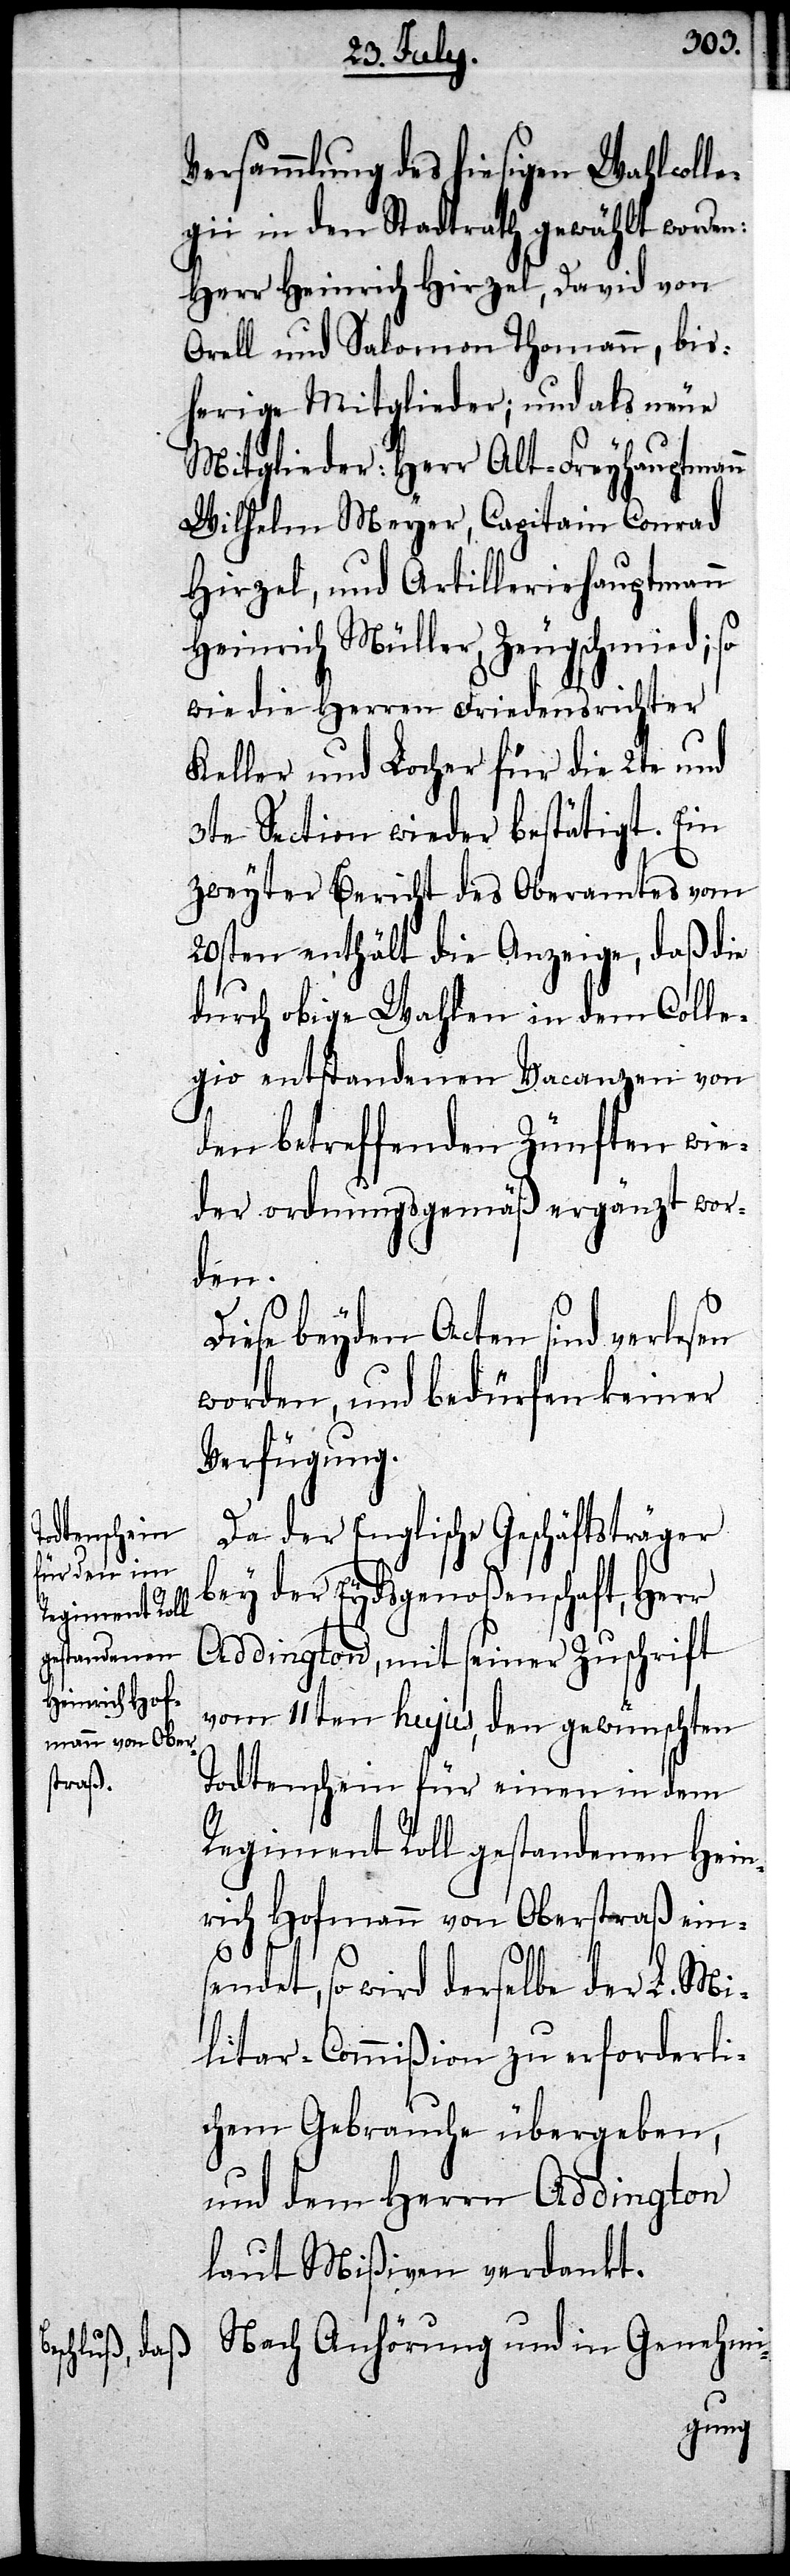
Versammlung des hiesigen Wahlcolle¬
gii in den Stadtrath gewählt worden:
Herr Heinrich Hirzel, David von
Orell und Salomon Thomann, bis¬
herige Mitglieder; und als neue
Mitglieder: Herr Alt-Freyhauptmann
Wilhelm Meyer, Capitain Conrad
Hirzel, und Artilleriehauptmann
Heinrich Müller, Zeugschmied; so
wie die Herren Friedensrichter
Keller und Locher für die 2te und
3te Section wieder bestätigt. Ein
zweyter Bericht des Oberamtes vom
20sten enthält die Anzeige, daß die
durch obige Wahlen in dem Colle¬
gio entstandenen Vacanzen von
den betreffenden Zünften wie¬
der ordnungsgemäß ergänzt wor¬
den.
Diese beyden Acten sind verlesen
worden, und bedürfen keiner
Verfügung.
Da der Englische Geschäftsträger
der Eydsgenoßenschaft, Herr
Addington, mit seiner Zuschrift
vom 11ten hujus, den gewünschten
Todtenschein für einen in dem
Regiment Roll gestandenen Hein¬
rich Hofmann von Oberstraß ein¬
sendet, so wird derselbe der L. Mi¬
litar-Commißion zu erforderli¬
chem Gebrauche übergeben,
und dem Herrn Addington
laut Mißiven verdankt.
Nach Anhörung und in Genehmi-